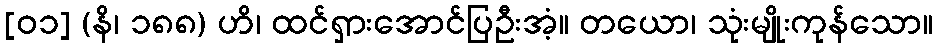
[၀၁] (နိ၊ ၁၈၈) ဟိ၊ ထင်ရှားအောင်ပြဦးအံ့။ တယော၊ သုံးမျိုးကုန်သော။